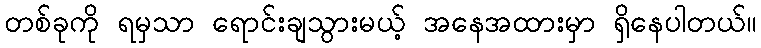
တစ်ခုကို ရမှသာ ရောင်းချသွားမယ့် အနေအထားမှာ ရှိနေပါတယ်။